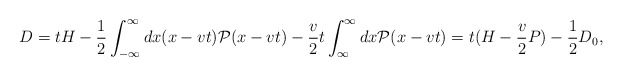
\begin{align*}D=t H -\frac{1}{2} \int^{\infty}_{-\infty} d x (x- v t) {\cal P}(x- v t)-\frac{v}{2} t \int^{\infty}_{\infty} dx {\cal P}(x-v t)= t (H- \frac{v}{2} P) -\frac{1}{2}D_0,\end{align*}